NAE_ERA_R-2324_Eesti_Vabariigi_Pohiseaduslik_Assamblee, lk 129
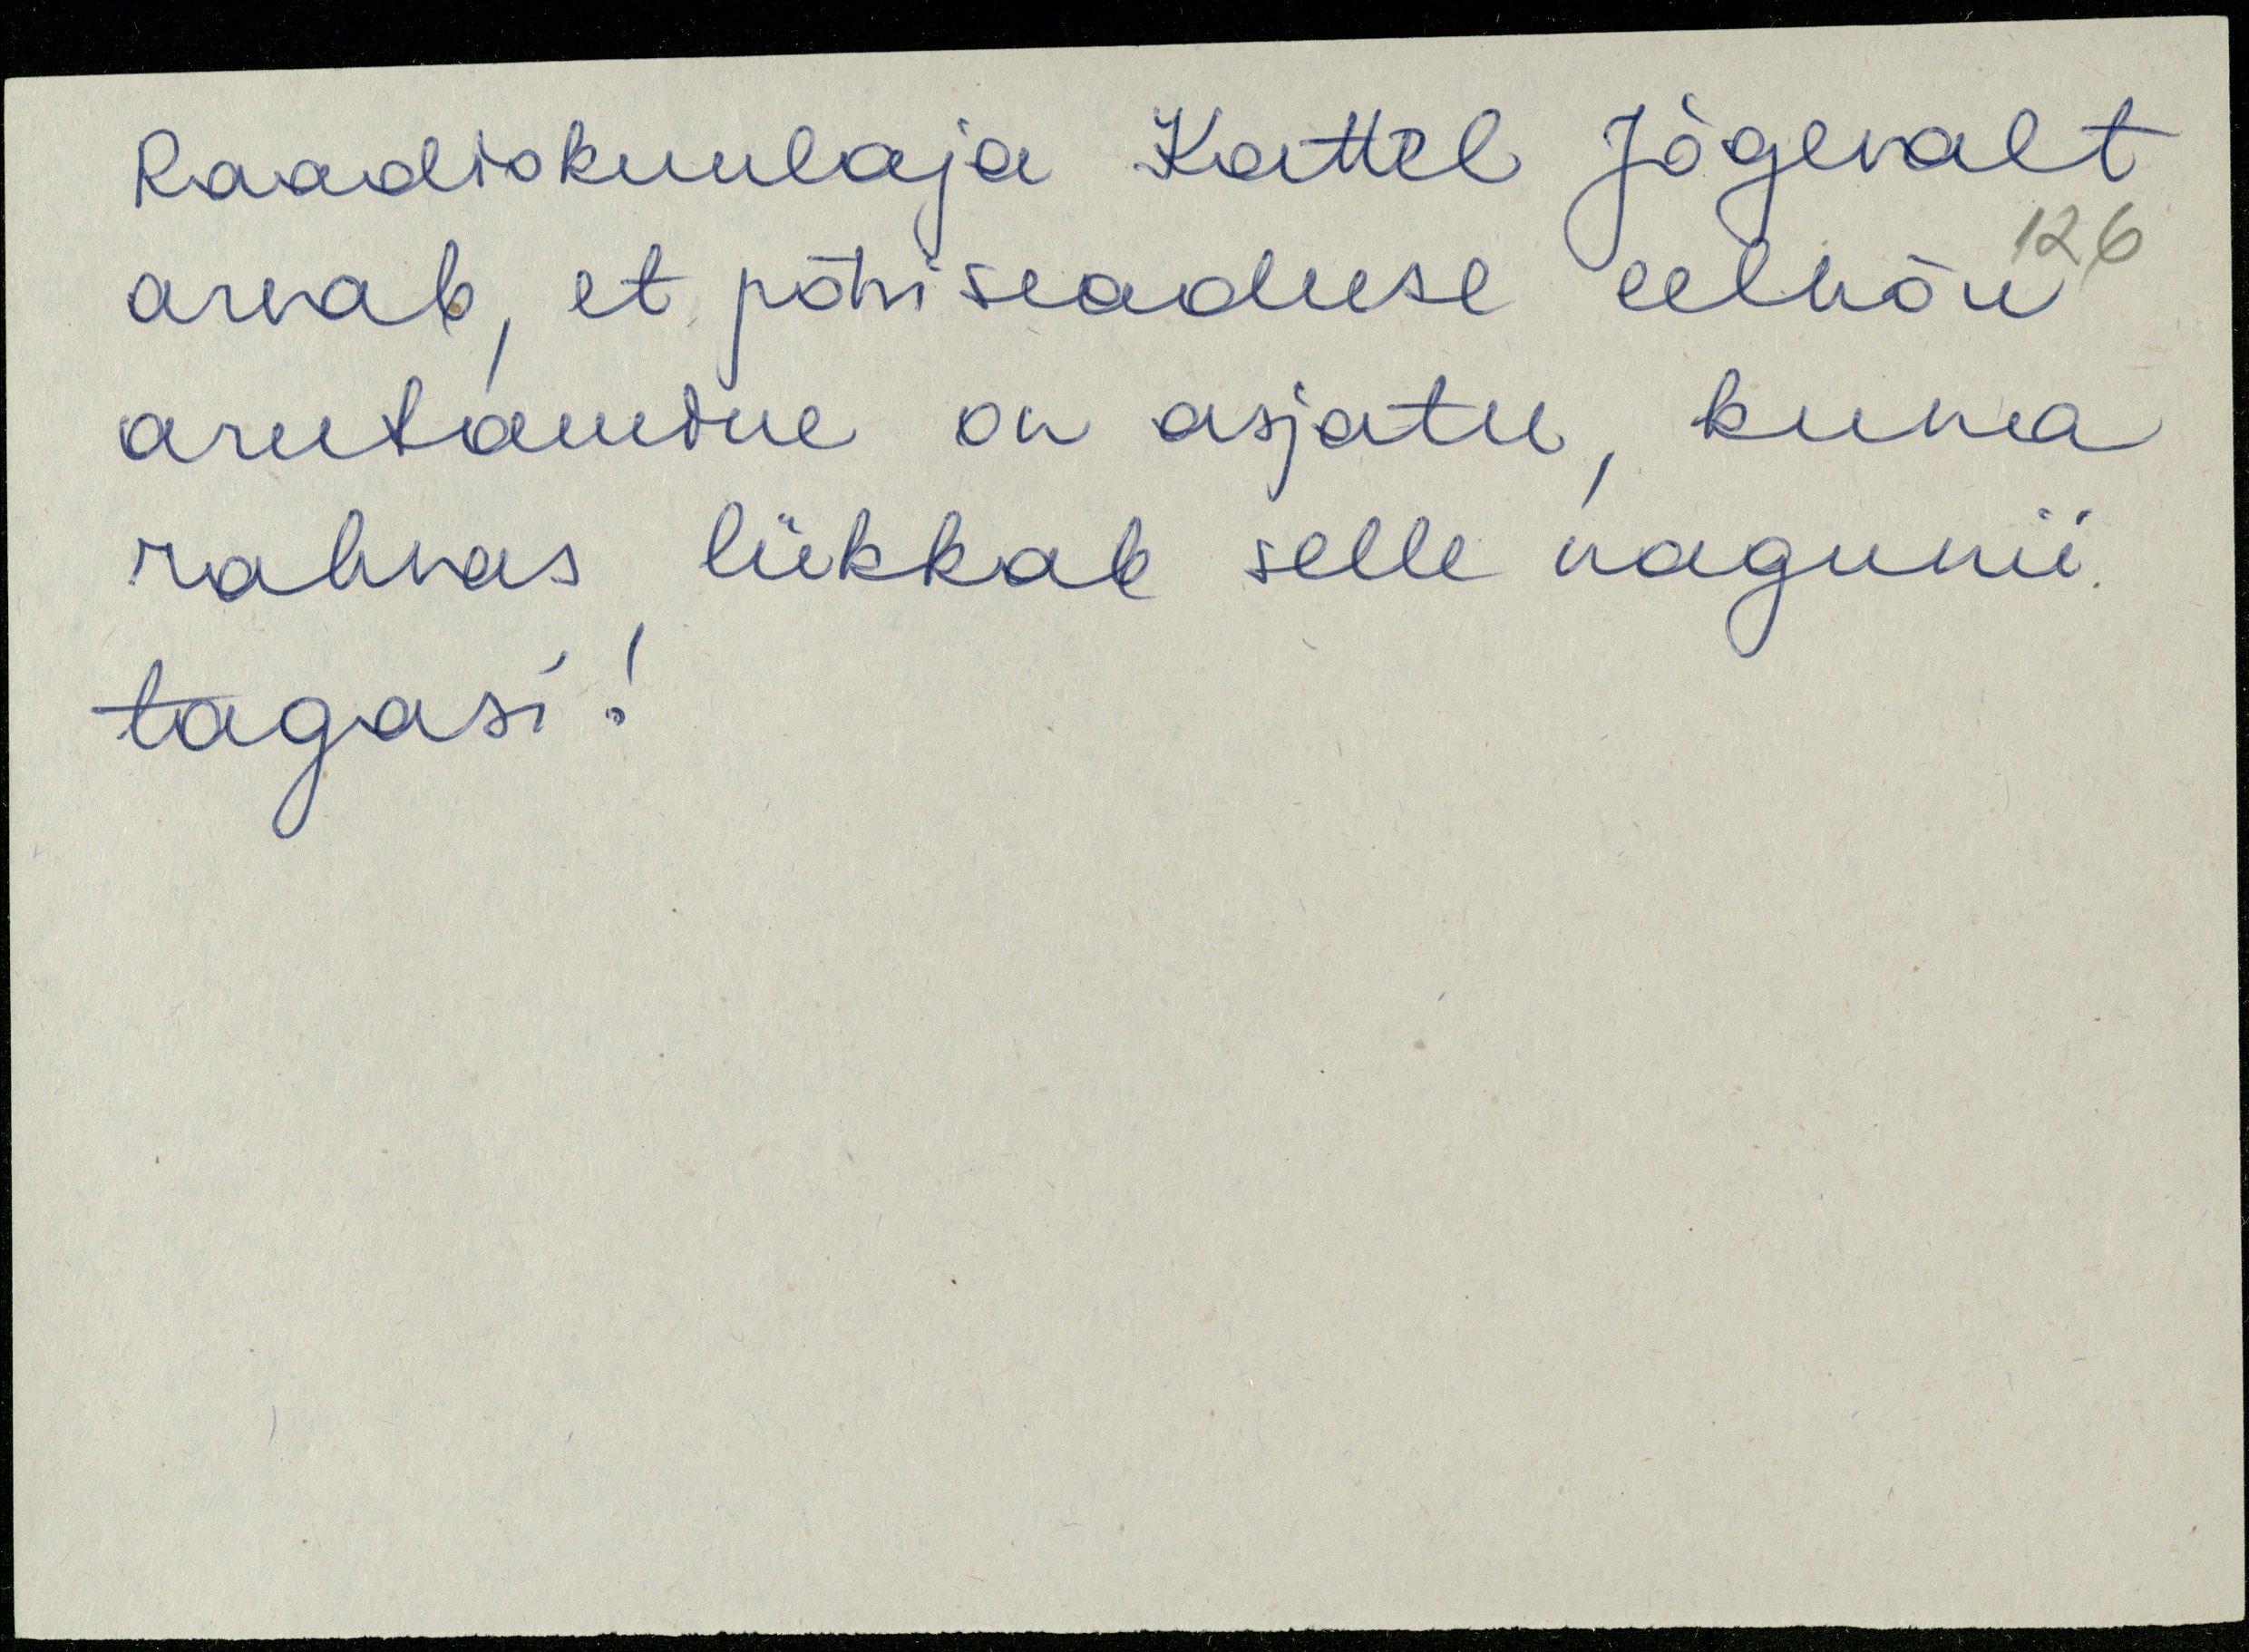
Raadiokuulaja Kattel Jõgevalt
arvab, et põhiseaduse eelnõu
arutamine on asjatu, kuna
rahvas lükkab selle nagunii
tagasi!